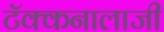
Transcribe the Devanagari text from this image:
टॅक्कनालाजी